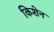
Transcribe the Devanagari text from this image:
किशेन